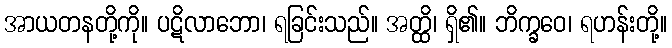
အာယတနတို့ကို။ ပဋိလာဘော၊ ရခြင်းသည်။ အတ္ထိ၊ ရှိ၏။ ဘိက္ခဝေ၊ ရဟန်းတို့။